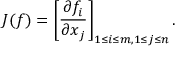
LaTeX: J ( f ) = \left[ { \frac { \partial f _ { i } } { \partial x _ { j } } } \right] _ { 1 \leq i \leq m , 1 \leq j \leq n } .